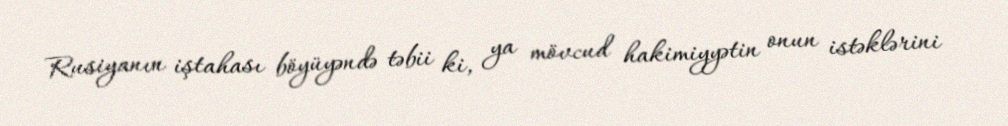
Rusiyanın iştahası böyüyəndə təbii ki, ya mövcud hakimiyyətin onun istəklərini